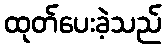
ထုတ်ပေးခဲ့သည်